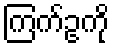
ကြက်ဥကို